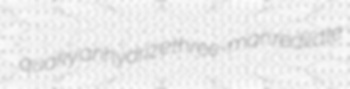
quaky anhydrize three-man redilate